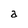
Character: a